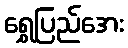
ရွှေပြည်အေး